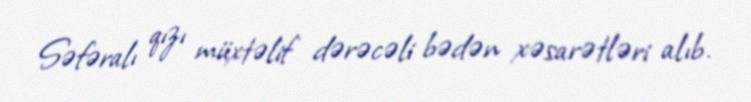
Səfəralı qızı müxtəlif dərəcəli bədən xəsarətləri alıb.